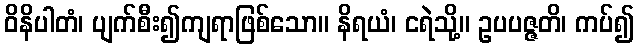
ဝိနိပါတံ၊ ပျက်စီး၍ကျရာဖြစ်သော။ နိရယံ၊ ငရဲသို့။ ဥပပဇ္ဇတိ၊ ကပ်၍